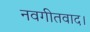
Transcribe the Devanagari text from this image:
नवगीतवाद।